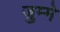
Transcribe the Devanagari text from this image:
जुम्मे